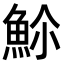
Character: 𬵊